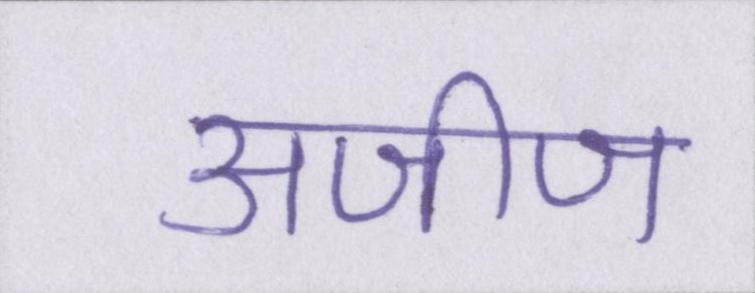
अजीज